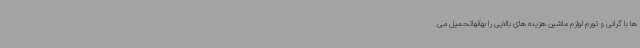
ها با گرانی و تورم لوازم ماشین هزینه های بالایی را بهآنهاتحمیل می